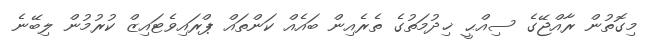
މިގޮތުން ރާއްޖޭގެ ސިއްޙީ ޚިދުމަތުގެ ތެރެއިން ބައެއް ކަންތައް ޕްރައިވެޓައިޒް ކުރުމުން ލިބޭނެ